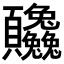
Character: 𬱒